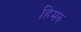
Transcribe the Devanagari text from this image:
हिमरु